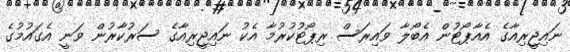
ނައިޖީރިއާގެ އެއާޕޯޓުން އެބޯލާ ވައިރަސް ރިޕޯޓުކުރުމާ އެކު ނައިޖީރިއާގެ ސަރުކާރުން ވަނީ އެގައުމުގެ